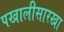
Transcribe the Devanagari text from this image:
पखालीसारखा